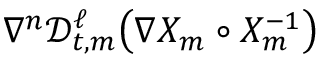
\nabla ^ { n } \mathscr { D } _ { t , m } ^ { \ell } \bigl ( \nabla X _ { m } \circ X _ { m } ^ { - 1 } \bigr )